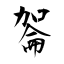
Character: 嗧